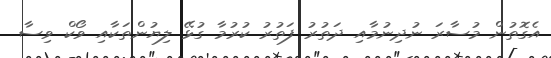
އެގޮތުން މުސާރަ ނުދިނުމާއި ދަތުރު ފަތުރު ކުރުމާ ގުޅޭ ލިޔުންތަކާއި ވޯކް ވިސާ